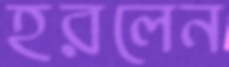
হরলেন